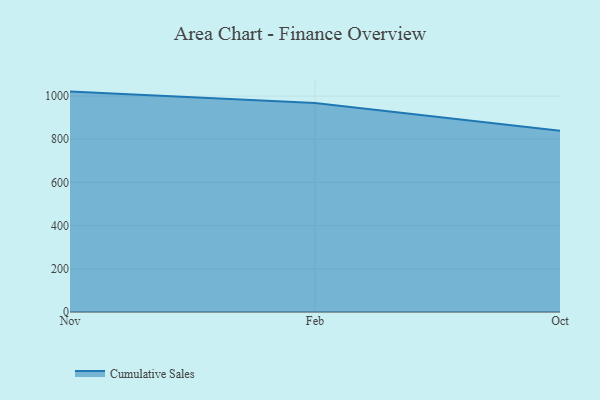
{"axis": {"x": "Month", "y": "Humidity (%)"}, "legend": ["Cumulative Sales"], "data": [{"x": "Nov", "y": 1020.7, "type": "Cumulative Sales"}, {"x": "Feb", "y": 968.3, "type": "Cumulative Sales"}, {"x": "Oct", "y": 839.6, "type": "Cumulative Sales"}]}